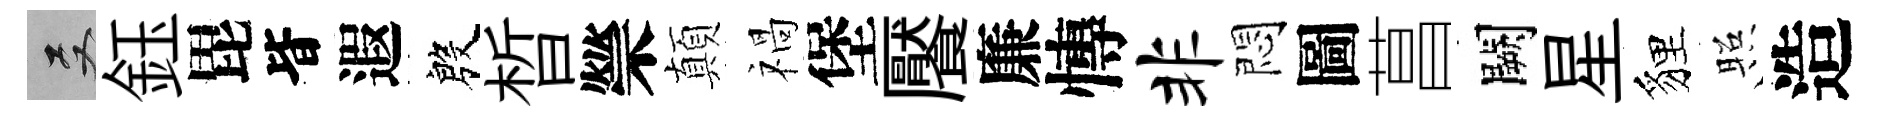
双鈺毘𣅜遐殷晳禜顛禍堡饜廉慱非悶圖菖闕星貍照造